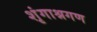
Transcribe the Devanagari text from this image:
शृंगाश्नगण